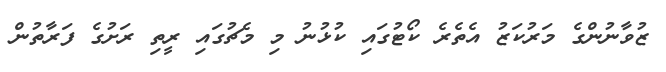
ޒުވާނުންގެ މަރުކަޒު އެތެރެ ކޯޓުގައި ކުޅުނު މި މެޗުގައި ރީތި ރަށުގެ ފަރާތުން